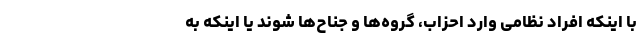
با اینکه افراد نظامی وارد احزاب، گروه‌ها و جناح‌ها شوند یا اینکه به